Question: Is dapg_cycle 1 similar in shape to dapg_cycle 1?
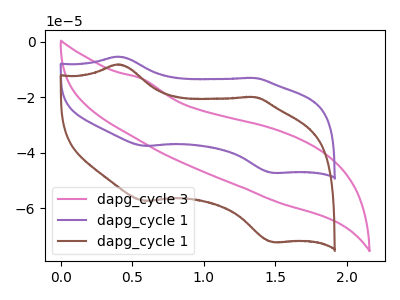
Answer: <think>The pink curve "dapg_cycle 3" has no peaks. The purple curve "dapg_cycle 1" has anodic peaks at (0.40V, -5.30uA) (1.35V, -13.05uA) and cathodic peaks at (0.60V, -37.60uA) (1.50V, -47.30uA). The brown curve "dapg_cycle 1" has anodic peaks at (0.40V, -8.10uA) (1.35V, -19.95uA) and cathodic peaks at (0.60V, -57.45uA) (1.50V, -72.35uA).
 All the peaks in "dapg_cycle 1" have a peak in "dapg_cycle 1" at the same potential.</think>
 <answer>"dapg_cycle 1" and "dapg_cycle 1" are similar in shape.</answer>
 <eval>same_shape</eval>